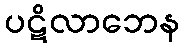
ပဋိလာဘေန